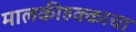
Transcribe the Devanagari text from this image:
मालकीहक्काचा